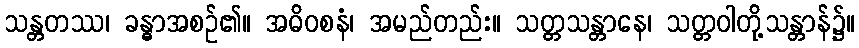
သန္တတဿ၊ ခန္ဓာအစဉ်၏။ အဓိဝစနံ၊ အမည်တည်း။ သတ္တသန္တာနေ၊ သတ္တဝါတို့သန္တာန်၌။